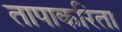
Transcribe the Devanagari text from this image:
तापाकरिता